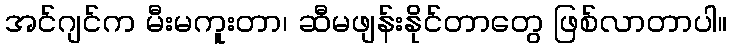
အင်ဂျင်က မီးမကူးတာ၊ ဆီမဖျန်းနိုင်တာတွေ ဖြစ်လာတာပါ။